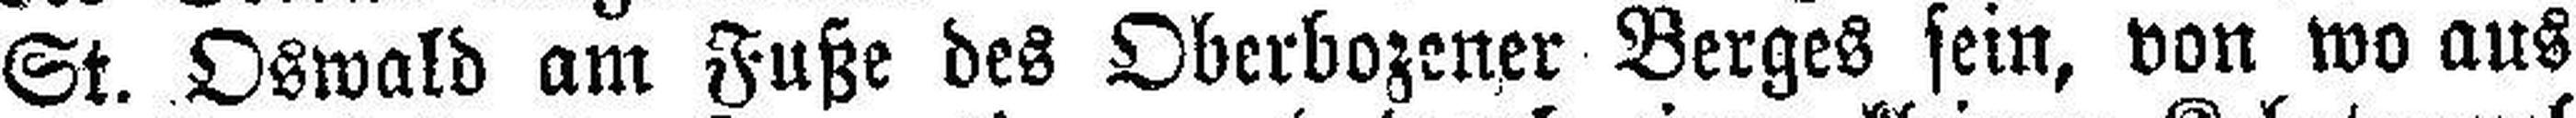
St. Oswald am Fuße des Oberbozener Berges sein, von wo aus